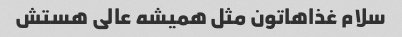
سلام غذاهاتون مثل همیشه عالی هستش